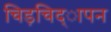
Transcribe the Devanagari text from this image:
चिड़चिद्ापन